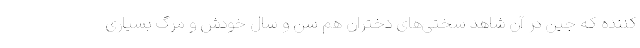
کننده که جین در آن شاهد سختی‌های دختران هم سن و سال خودش و مرگ بسیاری